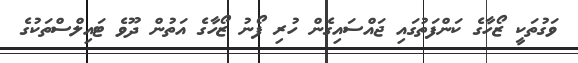
ވަގުތަކީ ޒޯހާގެ ކަންފަތުގައި ޖައްސައިގެން ހުރި ފޯނު ޒޯހާގެ އަތުން ދޫވެ ޓައިލްސްތަކުގެ